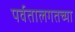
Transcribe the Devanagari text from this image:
पर्वतालगतच्या